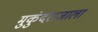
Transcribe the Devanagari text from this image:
मुकुंदराजाला